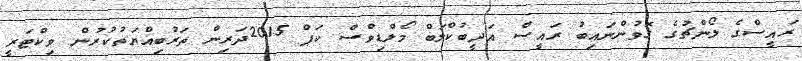
ރައީސްގެ ލޯންޗުގެ ގޮވުންނައިބު ރައީސް އަދީބުކްލަބް މޯލްޑިވްސް ކަޕް 2015ދަރިން ތަރުބިއްޔަތުކުރުން ވިކްޓަރީ